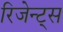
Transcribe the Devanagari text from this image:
रिजेन्ट्स